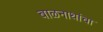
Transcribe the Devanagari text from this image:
बाळनाथांचा